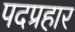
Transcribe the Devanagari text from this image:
पदप्रहार